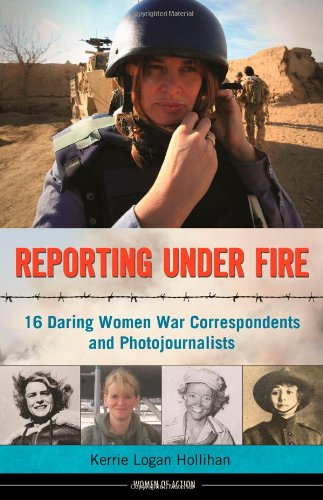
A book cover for Reporting Under Fire: 16 Daring Women War Correspondents and Photojournalists (Women of Action); Kerrie Logan Hollihan; Teen & Young Adult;